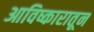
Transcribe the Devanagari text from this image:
आविष्कारातून